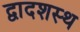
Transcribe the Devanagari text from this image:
द्वादशस्थ